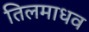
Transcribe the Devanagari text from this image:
तिलमाधव